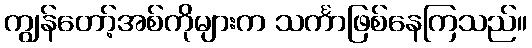
ကျွန်တော့်အစ်ကိုများက သင်္ကာဖြစ်နေကြသည်။